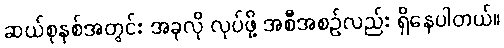
ဆယ်စုနှစ်အတွင်း အခုလို လုပ်ဖို့ အစီအစဉ်လည်း ရှိနေပါတယ်။